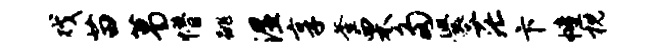
戏苗葛懵跳湿享釜栗多爨茫卞幢枕